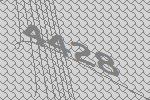
4428